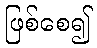
ဖြစ်စေ၍